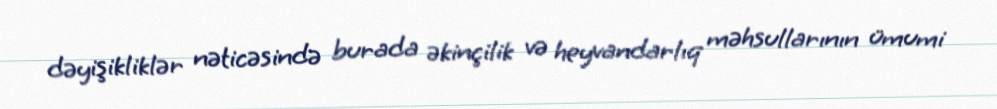
dəyişikliklər nəticəsində burada əkinçilik və heyvandarlıq məhsullarının ümumi